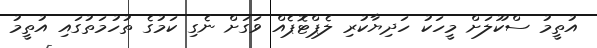
އުތީމު ސްކޫލަށް މީހަކު ހަދިޔާކުރި ލެޕްޓޮޕެއް ވަގަށް ނެގި ކަމުގެ ތުހުމަތުގައި އުތީމު